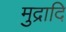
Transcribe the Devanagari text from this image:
मुद्रादि